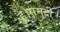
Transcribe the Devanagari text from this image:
है।समुद्री